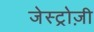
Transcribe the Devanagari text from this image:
जेस्ट्रोज़ी